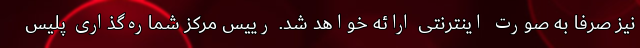
نیز صرفا به صورت اینترنتی ارائه خواهد شد. رییس مرکز شماره‌گذاری پلیس